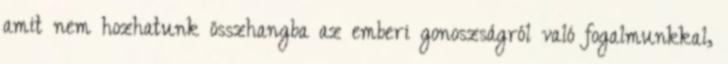
amit nem hozhatunk összhangba az emberi gonoszságról való fogalmunkkal,